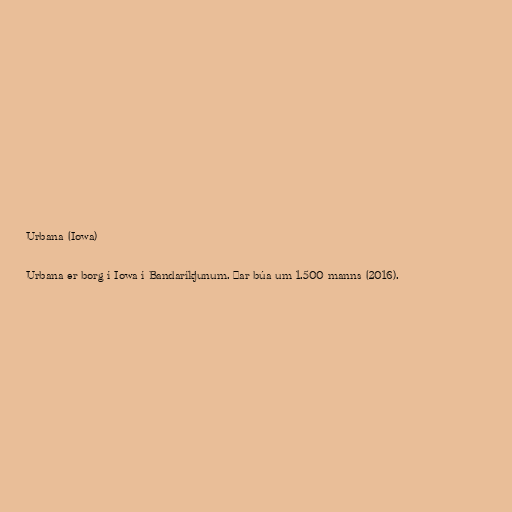
Urbana (Iowa)

Urbana er borg í Iowa í Bandaríkjunum. Þar búa um 1.500 manns (2016).